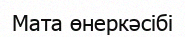
Мата өнеркәсібі